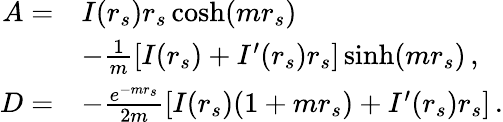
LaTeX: \begin{array}{rl}{A=}&{I(r_{s})r_{s}\cosh(mr_{s})}\\ &{-\frac 1m\left[I(r_{s})+I^{\prime}(r_{s})r_{s}\right]\sinh(mr_{s})\, ,}\\ {D=}&{-\frac{e^{-mr_{s}}}{2m}\left[I(r_{s})(1+mr_{s})+I^{\prime}(r_{s})r_{s}\right]\, .}\end{array}